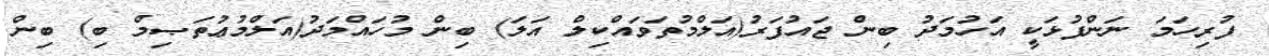
ފުރިހަމަ ނަންފުޅަކީ އަހުމަދު ބިން ޖައުފަރު(އަލްމުތަވައްކިލް އަލަ) ބިން މުހައްމަދު(އަލްމުޢުތަޞިމް ބި) ބިން